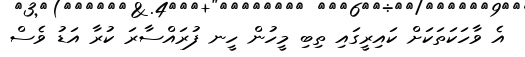
އެ ވާހަކަތަކަށް ކައިރީގައި ތިބި މީހުން ހީނ ފުރައްސާރަ ކުރާ އަޑު ވެސް